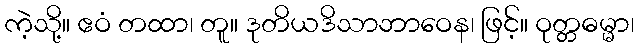
ကဲ့သို့။ ဧဝံ တထာ၊ တူ။ ဒုတိယဒိသာဘာဝေန၊ ဖြင့်။ ဝုတ္တဓမ္မာ၊